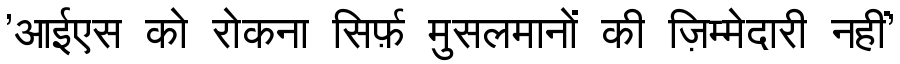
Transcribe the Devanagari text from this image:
'आईएस को रोकना सिर्फ़ मुसलमानों की ज़िम्मेदारी नहीं'